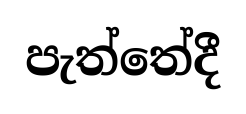
පැත්තේදී